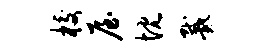
校屋忱戴